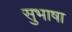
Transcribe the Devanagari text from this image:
सुभाषा